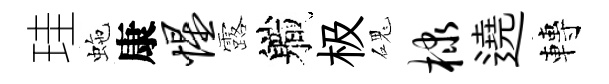
珪虵康惺露軄极磈棣遶轉